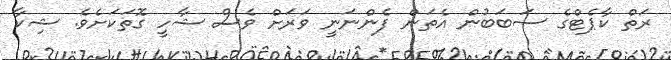
ރަތް ކާޕެޓްގެ ސަބަބުން އެތަން ފެންނަނީ ވަރަށް ވެސް ޝާހިީ ގޮތަކަށެވެ. ޝިކާ